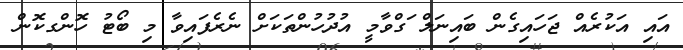
އައި އަކުރެއް ޖަހައިގެން ބައިނަލް ަގްވާމީ އުދުހުންތަކަށް ނެރެފައިވާ މި ބޯޓު ހޮންގކޮން